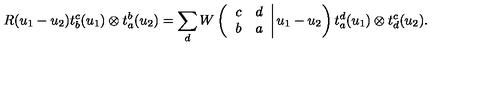
R ( u _ { 1 } - u _ { 2 } ) t _ { b } ^ { c } ( u _ { 1 } ) \otimes t _ { a } ^ { b } ( u _ { 2 } ) = \sum _ { d } W \left( \left. \begin{array} { c c } { c } & { d } \\ { b } & { a } \\ \end{array} \right| u _ { 1 } - u _ { 2 } \right) t _ { a } ^ { d } ( u _ { 1 } ) \otimes t _ { d } ^ { c } ( u _ { 2 } ) .